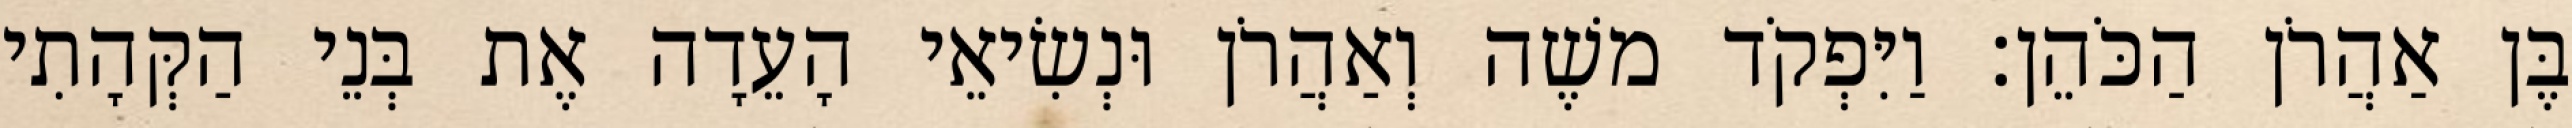
בֶּן אַהֲרֹן הַכֹּהֵן׃ וַיִּפְקֹד משֶׁה וְאַהֲרֹן וּנְשִׂיאֵי הָעֵדָה אֶת בְּנֵי הַקְּהָתִי